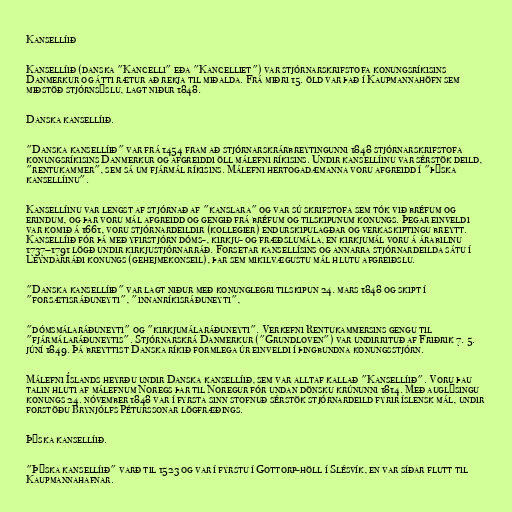
Kansellíið

Kansellíið (danska "Kancelli" eða "Kancelliet") var stjórnarskrifstofa konungsríkisins
Danmerkur og átti rætur að rekja til miðalda. Frá miðri 15. öld var það í Kaupmannahöfn sem
miðstöð stjórnsýslu, lagt niður 1848.

Danska kansellíið.

"Danska kansellíið" var frá 1454 fram að stjórnarskrárbreytingunni 1848 stjórnarskrifstofa
konungsríkisins Danmerkur og afgreiddi öll málefni ríkisins. Undir kansellíinu var sérstök deild,
"rentukammer", sem sá um fjármál ríkisins. Málefni hertogadæmanna voru afgreidd í "þýska
kansellíinu".

Kansellíinu var lengst af stjórnað af "kanslara" og var sú skrifstofa sem tók við bréfum og
erindum, og þar voru mál afgreidd og gengið frá bréfum og tilskipunum konungs. Þegar einveldi
var komið á 1661, voru stjórnardeildir (kollegier) endurskipulagðar og verkaskiptingu breytt.
Kansellíið fór þá með yfirstjórn dóms-, kirkju- og fræðslumála, en kirkjumál voru á árabilinu
1737–1791 lögð undir kirkjustjórnarráð. Forsetar kansellísins og annarra stjórnardeilda sátu í
Leyndarráði konungs (gehejmekonseil), þar sem mikilvægustu mál hlutu afgreiðslu.

"Danska kansellíið" var lagt niður með konunglegri tilskipun 24. mars 1848 og skipt í
"forsætisráðuneyti", "innanríkisráðuneyti",

"dómsmálaráðuneyti" og "kirkjumálaráðuneyti". Verkefni Rentukammersins gengu til
"fjármálaráðuneytis". Stjórnarskrá Danmerkur ("Grundloven") var undirrituð af Friðrik 7. 5.
júní 1849. Þá breyttist Danska ríkið formlega úr einveldi í þingbundna konungsstjórn.

Málefni Íslands heyrðu undir Danska kansellíið, sem var alltaf kallað "Kansellíið". Voru þau
talin hluti af málefnum Noregs þar til Noregur fór undan dönsku krúnunni 1814. Með auglýsingu
konungs 24. nóvember 1848 var í fyrsta sinn stofnuð sérstök stjórnardeild fyrir íslensk mál, undir
forstöðu Brynjólfs Péturssonar lögfræðings.

Þýska kansellíið.

"Þýska kansellíið" varð til 1523 og var í fyrstu í Gottorp-höll í Slésvík, en var síðar flutt til
Kaupmannahafnar.